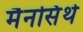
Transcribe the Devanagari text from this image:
मैनसिंथे